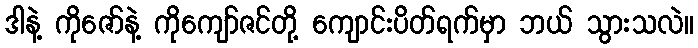
ဒါနဲ့ ကိုဇော်နဲ့ ကိုကျော်ဇင်တို့ ကျောင်းပိတ်ရက်မှာ ဘယ် သွားသလဲ။